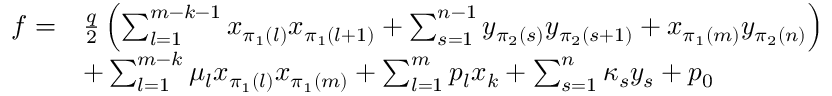
\begin{array} { r l } { f = } & { \frac { q } { 2 } \left( \sum _ { l = 1 } ^ { m - k - 1 } x _ { \pi _ { 1 } ( l ) } x _ { \pi _ { 1 } ( l + 1 ) } + \sum _ { s = 1 } ^ { n - 1 } y _ { \pi _ { 2 } ( s ) } y _ { \pi _ { 2 } ( s + 1 ) } + x _ { \pi _ { 1 } ( m ) } y _ { \pi _ { 2 } ( n ) } \right) } \\ & { + \sum _ { l = 1 } ^ { m - k } \mu _ { l } x _ { \pi _ { 1 } ( l ) } x _ { \pi _ { 1 } ( m ) } + \sum _ { l = 1 } ^ { m } p _ { l } x _ { k } + \sum _ { s = 1 } ^ { n } \kappa _ { s } y _ { s } + p _ { 0 } } \end{array}